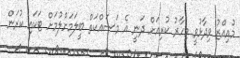
މުއިއްޒު ވިދާޅުވީ މިހާރު ކުރިއަށް ދަނީ އެ މަސައްކަތް ބީލަމަށްލުމަށް ޓަކައި ކުރަން